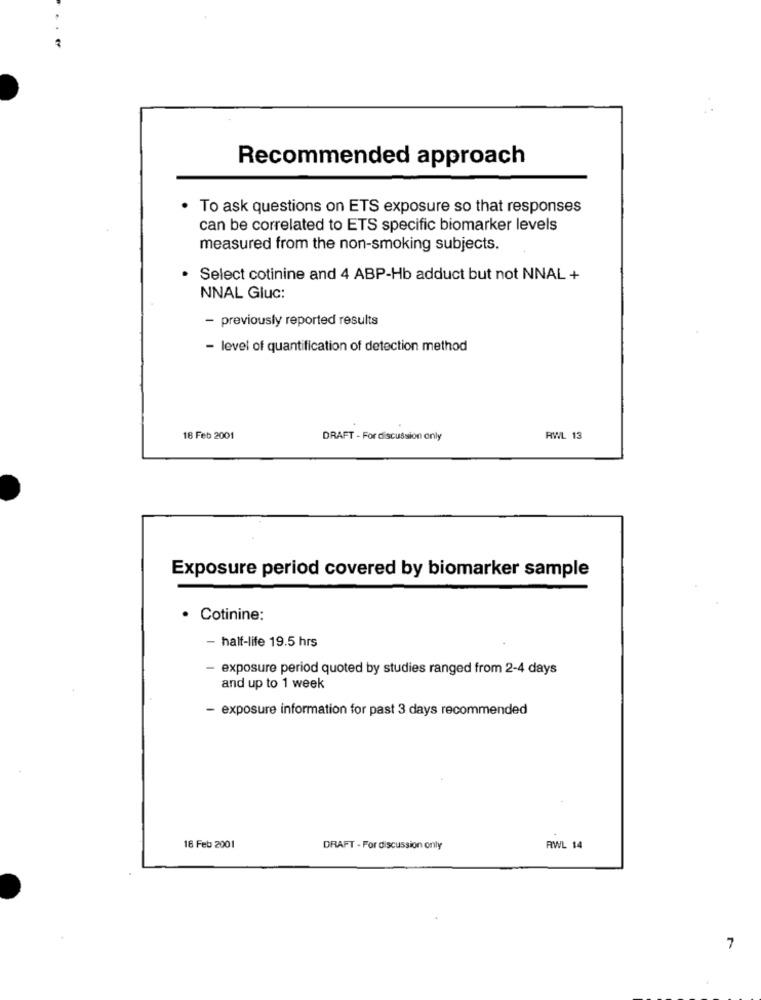
Recommended approach
To ask questions on ETS exposure so that responses
can be correlated to ETS specific biomarker levels
measured from the non-smoking subjects.
· Select cotinine and 4 ABP-Hb adduct but not NNAL +
NNAL Gluc:
- previously reported results
- level of quantification of detection method
18 Feb 2001
DRAFT - For discussion only
RWL 13
Exposure period covered by biomarker sample
· Cotinine:
- half-life 19.5 hrs
- exposure period quoted by studies ranged from 2-4 days
and up to 1 week
- exposure information for past 3 days recommended
18 Feb 2001
DRAFT - For discussion only
RWL 14
7